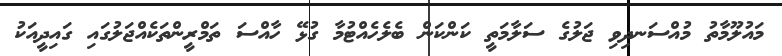
މައުލޫމާތު މުއްސަނދިވި ޖަލުގެ ސަލާމަތީ ކަންކަން ބެލެހެއްޓުމާ ގުޅޭ ހާއްސަ ތަމްރީންތަކެއްޖަލުގައި ގައިދީއަކު